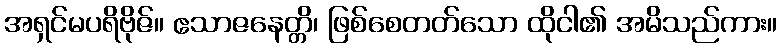
အရှင်မပရိဗိုဇ်။ ဧသာဇနေတ္တိ၊ ဖြစ်စေတတ်သော ထိုငါ၏ အမိသည်ကား။